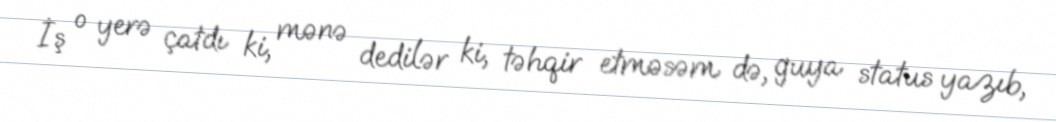
İş o yerə çatdı ki, mənə dedilər ki, təhqir etməsəm də, guya status yazıb,